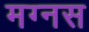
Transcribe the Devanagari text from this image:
मग्नस